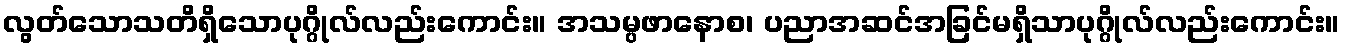
လွတ်သောသတိရှိသောပုဂ္ဂိုလ်လည်းကောင်း။ အသမ္ပဖာနောစ၊ ပညာအဆင်အခြင်မရှိသာပုဂ္ဂိုလ်လည်းကောင်း။